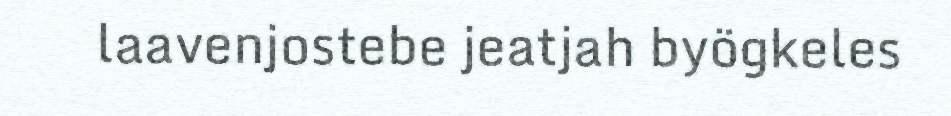
laavenjostebe jeatjah byögkeles